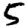
Digit: 5